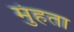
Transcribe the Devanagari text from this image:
मुंहता